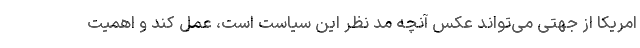
امریکا از جهتی می‌تواند عکس آنچه مد نظر این سیاست است، عمل کند و اهمیت